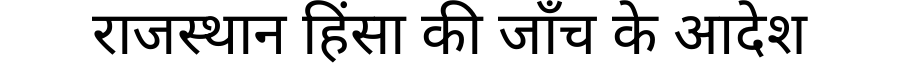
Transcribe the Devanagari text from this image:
राजस्थान हिंसा की जाँच के आदेश